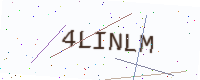
Text: 4LINLM